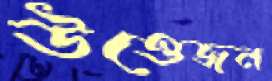
উত্তেজন